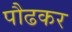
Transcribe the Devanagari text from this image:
पौढकर